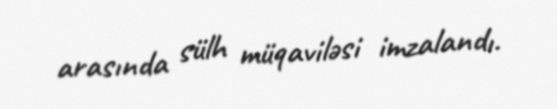
arasında sülh müqaviləsi imzalandı.